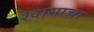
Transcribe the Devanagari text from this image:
श्वासाचा